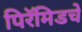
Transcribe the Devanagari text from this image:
पिरॅमिडचे